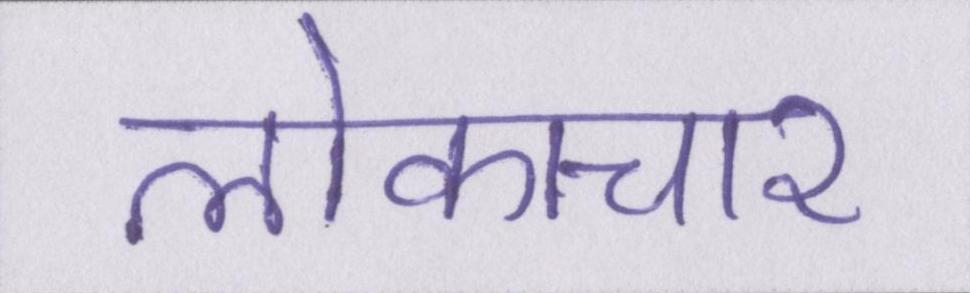
लोकाचार